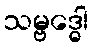
သမ္ဗဒ္ဓေါ